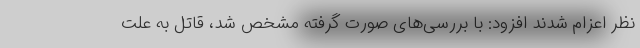
نظر اعزام شدند افزود: با بررسی‌های صورت گرفته مشخص شد، قاتل به علت